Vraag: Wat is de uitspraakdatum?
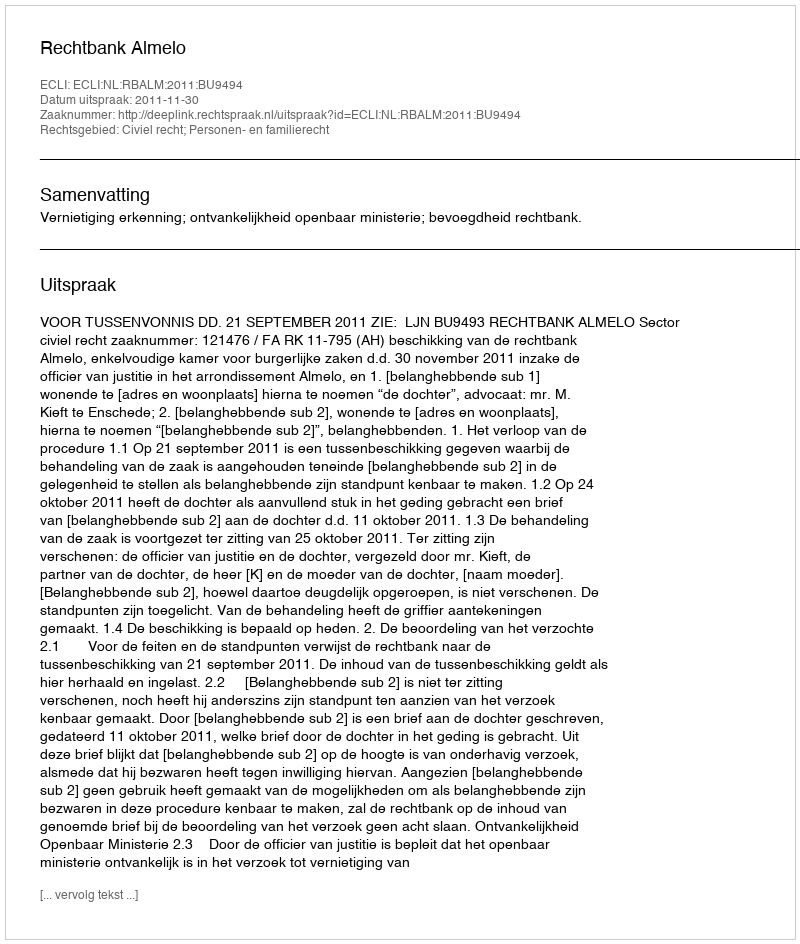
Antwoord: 2011-11-30